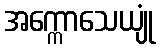
အက္ကောသေယျုံ